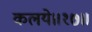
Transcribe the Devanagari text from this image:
कलये॥१७॥